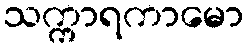
သက္ကာရကာမော